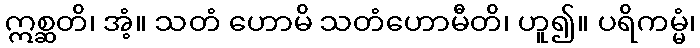
ဣစ္ဆတိ၊ အံ့။ သတံ ဟောမိ သတံဟောမီတိ၊ ဟူ၍။ ပရိကမ္မံ၊